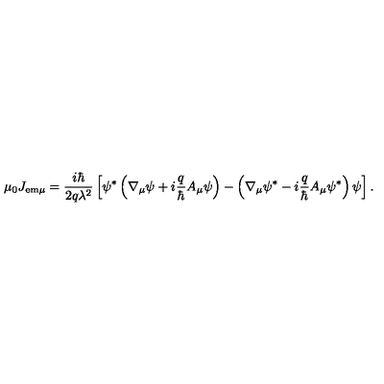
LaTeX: \mu _ { 0 } J _ { \mathrm { e m } \mu } = \frac { i \hbar } { 2 q \lambda ^ { 2 } } \left[ \psi ^ { * } \left( \nabla _ { \mu } \psi + i \frac { q } { \hbar } A _ { \mu } \psi \right) - \left( \nabla _ { \mu } \psi ^ { * } - i \frac { q } { \hbar } A _ { \mu } \psi ^ { * } \right) \psi \right] .